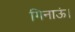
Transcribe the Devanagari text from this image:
गिनाऊं।